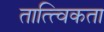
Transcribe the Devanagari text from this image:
तात्त्विकता